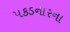
પકડનારના